Annual report on the working of the mental hospitals in the Madras Presidency - 1912-1932
Year: 1912
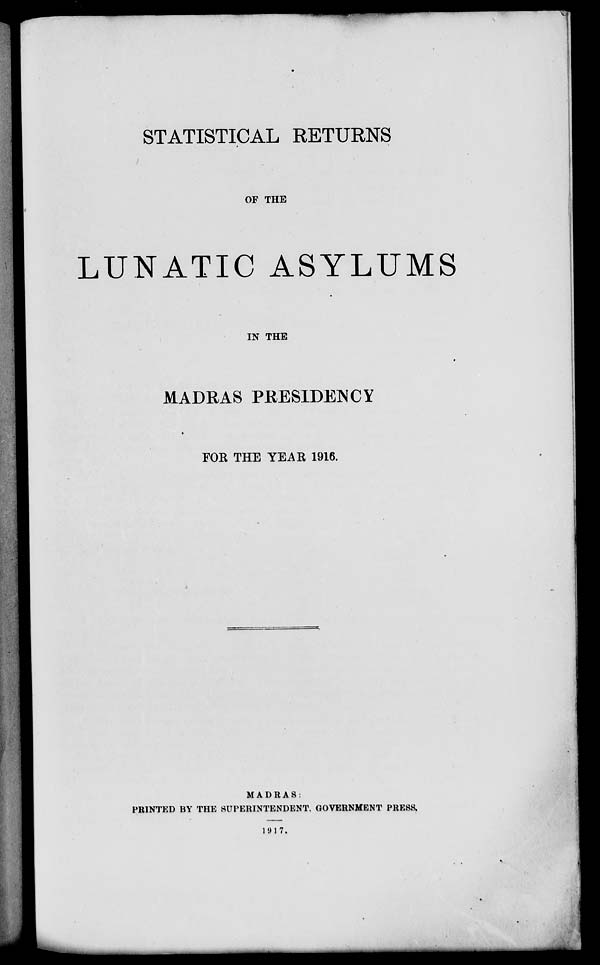
STATISTICAL RETURNS
OF THE
LUNATIC ASYLUMS
IN THE
MADRAS PRESIDENCY
FOR THE YEAR 1916.
MADRAS:
PRINTED BY THE SUPERINTENDENT, GOVERNMENT PRESS.
1917.